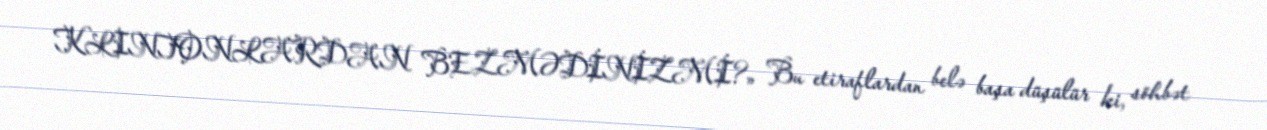
KLINTONLARDAN BEZMƏDİNİZMİ?» Bu etiraflardan belə başa düşülür ki, söhbət